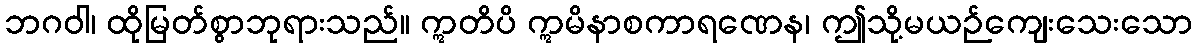
ဘဂဝါ၊ ထိုမြတ်စွာဘုရားသည်။ ဣတိပိ ဣမိနာစကာရဏေန၊ ဤသို့မယဉ်ကျေးသေးသော